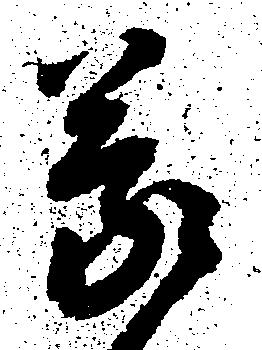
蒙